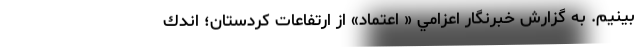
بينيم. به گزارش خبرنگار اعزامي « اعتماد» از ارتفاعات كردستان؛ اندك